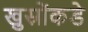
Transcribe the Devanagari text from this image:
खुस्रोंकडे